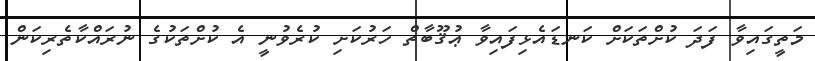
މަތީގައިވާ ފަދަ ކުށްތަކަށް ކަނޑައެޅިފައިވާ ޢުޤޫބާތް ހަރުކަށި ކުރެވުނީ އެ ކުށްތަކުގެ ނުރައްކާތެރިކަން